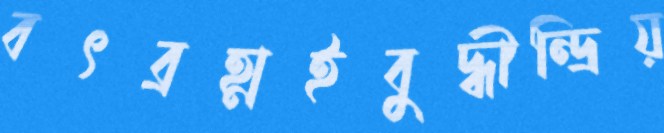
বৎব্রহ্মইবুদ্ধীন্দ্রিয়